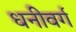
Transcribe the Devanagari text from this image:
धनीवर्ग